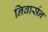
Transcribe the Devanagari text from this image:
निवार्सन